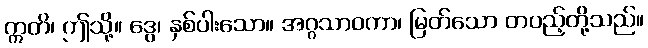
ဣတိ၊ ဤသို့။ ဒွေ၊ နှစ်ပါးသော။ အဂ္ဂသာဝကာ၊ မြတ်သော တပည့်တို့သည်။